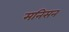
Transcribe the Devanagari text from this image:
मनिसन